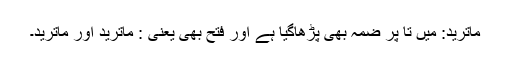
ماترید: میں تا پر ضمہ بھی پڑھاگیا ہے اور فتح بھی یعنی : ماتُرید اور ماتَرید۔